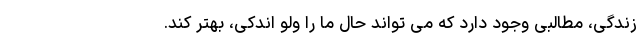
زندگی، مطالبی وجود دارد که می تواند حال ما را ولو اندکی، بهتر کند.